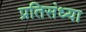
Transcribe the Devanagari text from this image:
प्रतिसंध्या